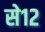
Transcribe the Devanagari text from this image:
से१२